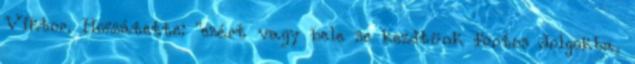
Viktor. Hozzátette: "ezért vagy bele se kezdtünk fontos dolgokba,